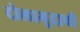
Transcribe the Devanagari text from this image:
दोलामुद्राची